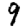
Digit: 9